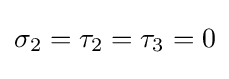
\sigma _{2}=\tau _{2}=\tau _{3}=0{\Big .}